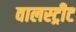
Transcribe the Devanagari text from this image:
वालस्ट्रीट